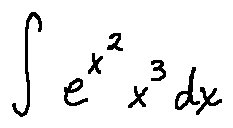
\int e ^ { x ^ { 2 } } x ^ { 3 } d x